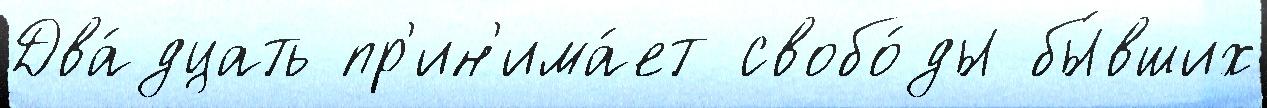
Два́дцать пр'ин'има́ет свобо́ды бы́вших